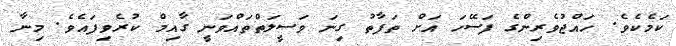
ކަމެކެވެ. ހައްޖުވެރިންގެ ފަސޭހަ އަށް ތަފާތު ގިނަ ވަސީލަތްތައްވަނީ ގާއިމް ކުރެވިފައެވެ. މިނާ